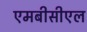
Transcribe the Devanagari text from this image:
एमबीसीएल